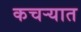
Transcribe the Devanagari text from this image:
कचर्‍यात